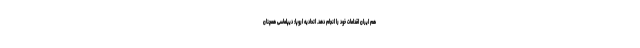
هم ایران اقدامات خود را انجام دهد. اتحادیه اروپا: دیپلماسی همچنان